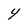
Character: Y